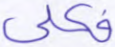
فكلي